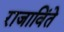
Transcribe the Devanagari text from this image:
राजाविंते